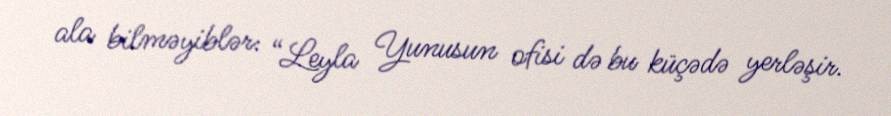
ala bilməyiblər: “Leyla Yunusun ofisi də bu küçədə yerləşir.